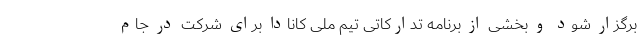
برگزار شود و بخشی از برنامه تدارکاتی تیم ملی کانادا برای شرکت در جام